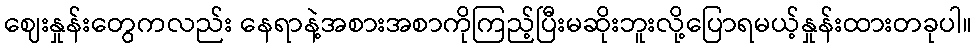
ဈေးနှုန်းတွေကလည်း နေရာနဲ့အစားအစာကိုကြည့်ပြီးမဆိုးဘူးလို့ပြောရမယ့်နှုန်းထားတခုပါ။